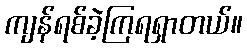
ကျန်ရစ်ခဲ့ကြရရှာတယ်။